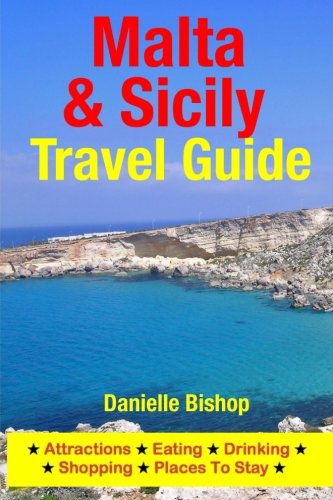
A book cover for Malta & Sicily Travel Guide: Attractions, Eating, Drinking, Shopping & Places To Stay; Danielle Bishop; Travel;